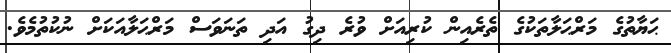
ޙަޔާތުގެ މަރްޙަލާތަކުގެ ތެރެއިން ކުރިއަށް ވުރެ ދިގު އަދި ތަނަވަސް މަރްޙަލާއަކަށް ނުކުތުމެވެ.